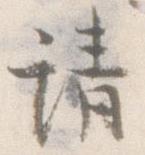
請